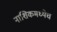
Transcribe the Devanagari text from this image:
नाशिकमध्येच